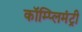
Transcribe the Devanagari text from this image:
कॉम्प्लिमंट्री